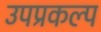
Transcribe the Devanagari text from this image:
उपप्रकल्प